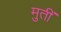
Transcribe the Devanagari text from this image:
मुतीं